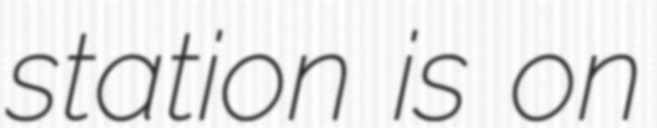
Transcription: station is on